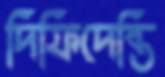
দিফিদেন্তি